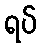
ရပ်